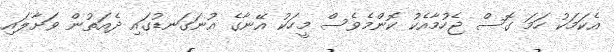
އެކަމަކު ހަމަ ގޮސް ޖެހުމާއެކު ކޮންމެވެސް މީހަކު އޭނާގެ އުނަގަނޑުގައި ދެއަތުން ވަށާލައި